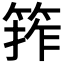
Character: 𮅖